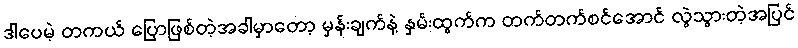
ဒါပေမဲ့ တကယ် ပြောဖြစ်တဲ့အခါမှာတော့ မှန်းချက်နဲ့ နှမ်းထွက်က တက်တက်စင်အောင် လွဲသွားတဲ့အပြင်